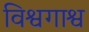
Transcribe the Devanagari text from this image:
विश्वगाश्व